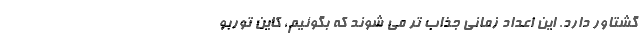
گشتاور دارد. این اعداد زمانی جذاب تر می شوند که بگوئیم، کاین توربو